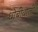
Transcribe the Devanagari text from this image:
धोबीवाली